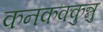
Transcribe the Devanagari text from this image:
कनकक्कुन्नु